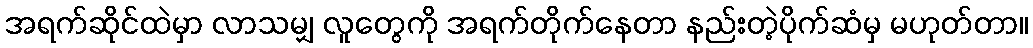
အရက်ဆိုင်ထဲမှာ လာသမျှ လူတွေကို အရက်တိုက်နေတာ နည်းတဲ့ပိုက်ဆံမှ မဟုတ်တာ။